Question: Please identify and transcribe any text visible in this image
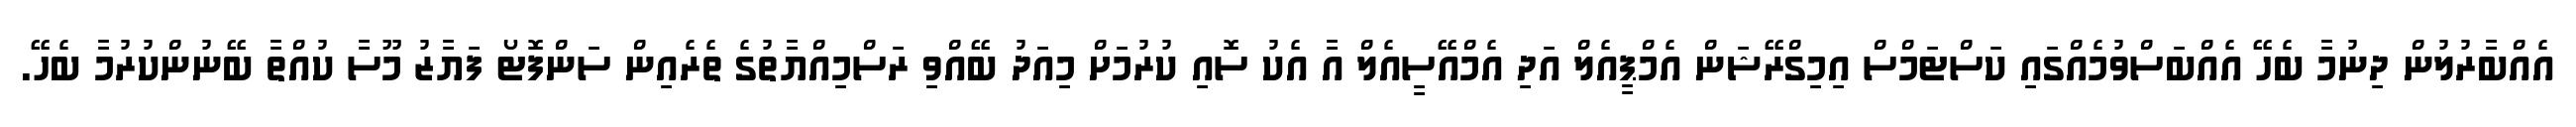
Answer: އެއްބާރުލުން ދިނުމާ ބެހޭ އެއްބަސްވުމެއްގައި ކަސްޓަމްސް އިމިގްރޭޝަން އެމްޕީއެލް އަދި އެމްއޭސީއެލް އާ އެކު ސޮއި ކުރުމަށް މިއަދު ބޭއްވި ރަސްމިއްޔާތުގެ ތެރެއިން ސަންފޮޓޯ ފަޔާޒު މޫސާ ކުއްތާ ބޭނުންކުރުމާ ބެހޭ.